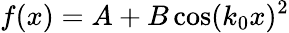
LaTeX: f(x)=A+B\cos(k_{0}x)^{2}